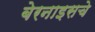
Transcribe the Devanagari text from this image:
बेरनाइसचे